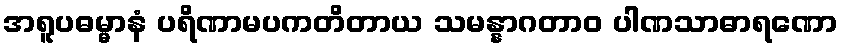
အရူပဓမ္မာနံ ပရိဏာမပကတိတာယ သမန္နာဂတာဝ ပါဏသာဓာရဏော